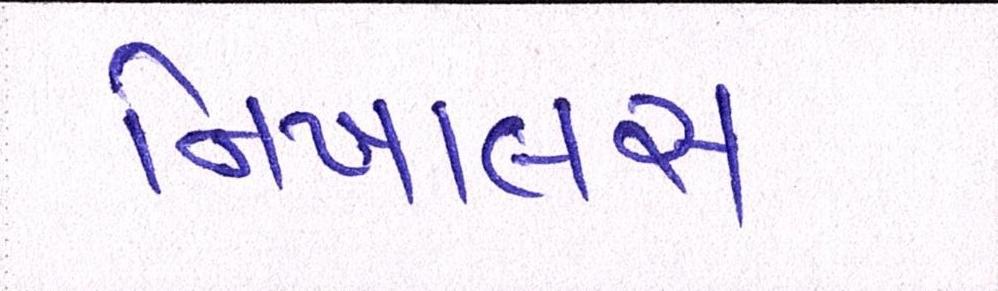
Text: નિખાલસ